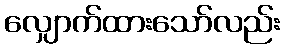
လျှောက်ထားသော်လည်း